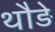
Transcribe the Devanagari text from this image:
थौड़े